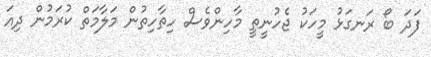
ފަދަ ބޯ ރަނގަޅު މީހަކު ޖެހުނީތީ މާހިންވެސް ހިތާހިތުން މަލާމަތް ކުރަމުން ދިއަ